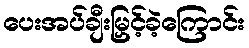
ပေးအပ်ချီးမြှင့်ခဲ့ကြောင်း